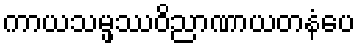
ကာယသမ္ဖဿဝိညာဏာယတနံပေ